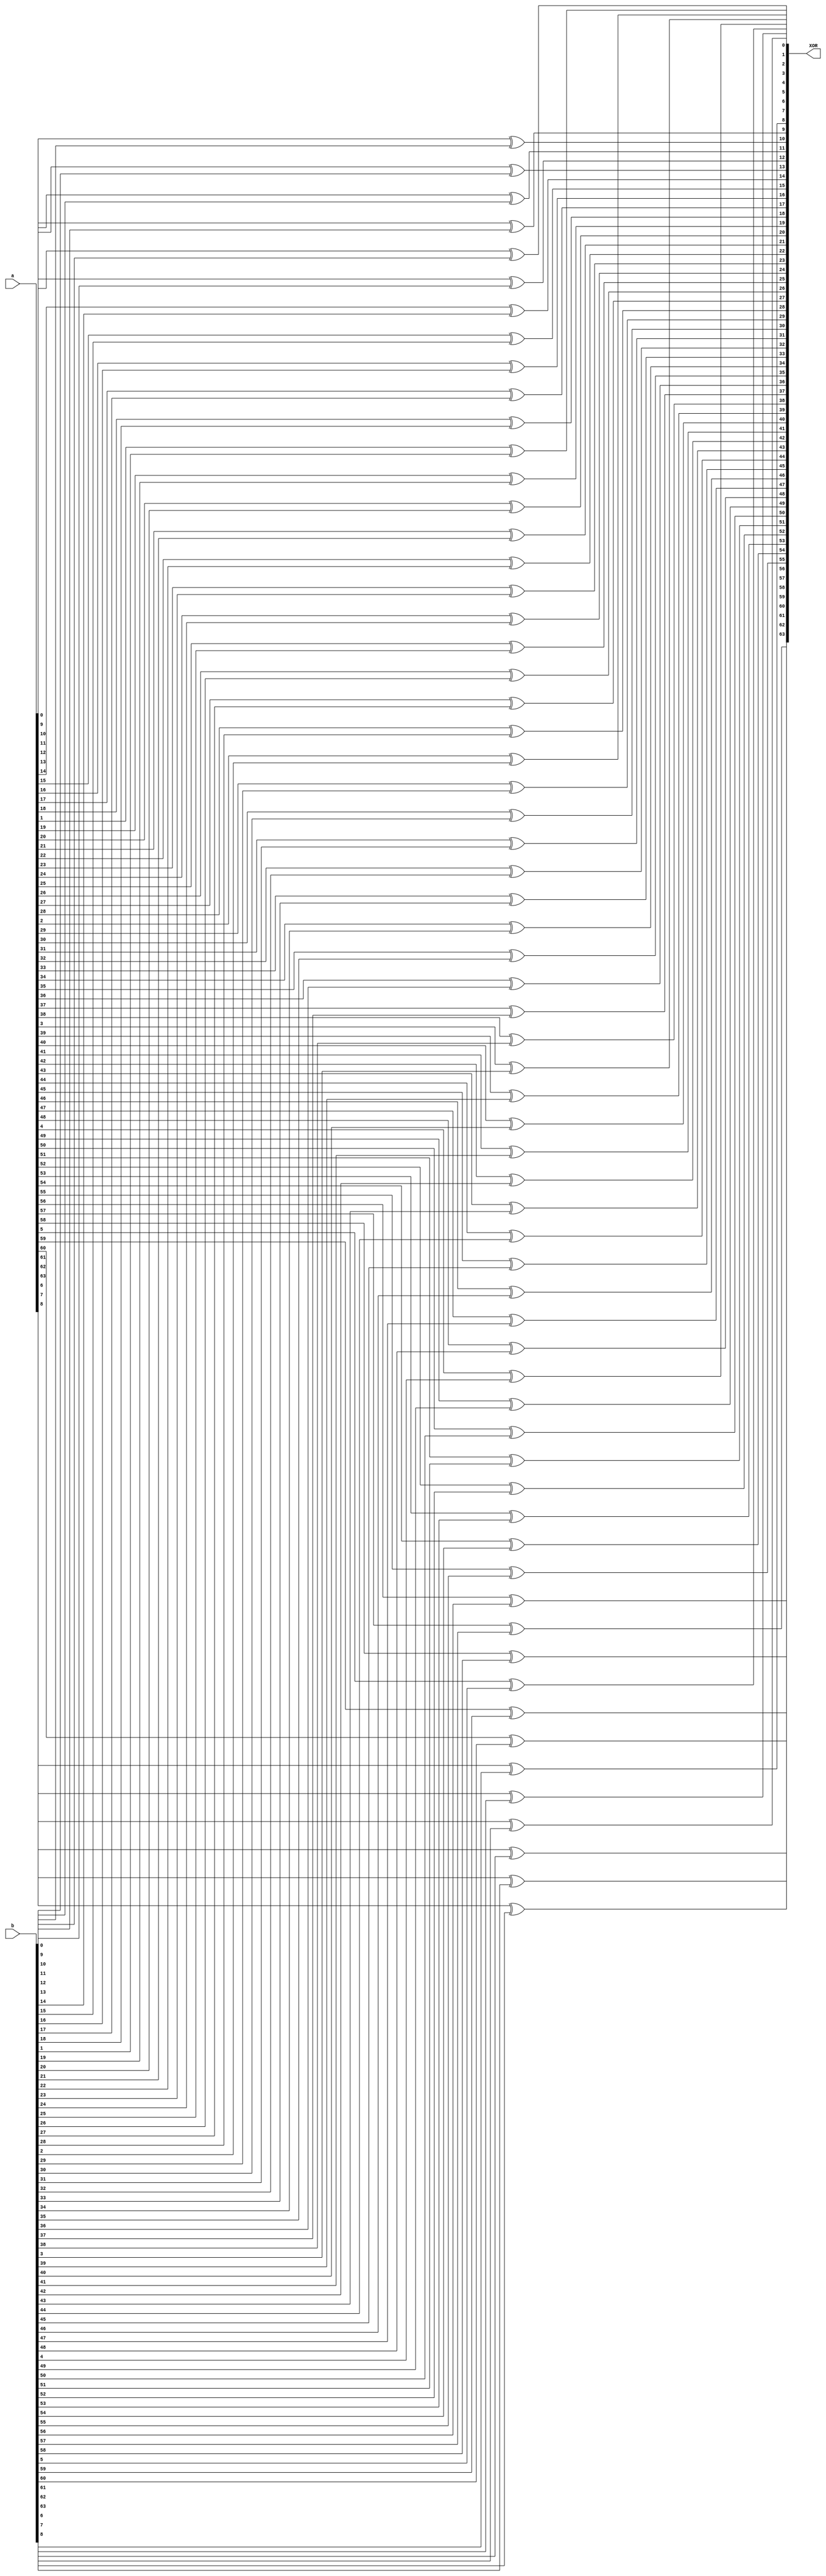
module xor_64(XOR,a,b);
input [63:0] a,b;
output [63:0] XOR;

  genvar i;

generate
    for(i = 0; i < 64; i=i+1) begin
        xor X1(XOR[i],a[i],b[i]);
    end
endgenerate

endmodule